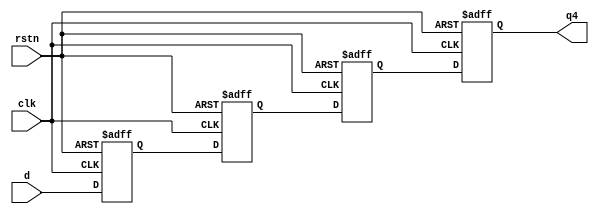
module nonblocking (q4, d, clk, rstn);

output q4;
input d;
input clk;
input rstn;

reg q4, q3, q2, q1;

always @(posedge clk or negedge rstn) // low activate async reset
begin
	if(!rstn) begin 
	   q1 <= 0;
	   q2 <= 0;
	   q3 <= 0;
	   q4 <= 0;
	end 
	else begin
	   q1 <= d;
	   q2 <= q1;
	   q3 <= q2;
	   q4 <= q3;
	end
end

endmodule